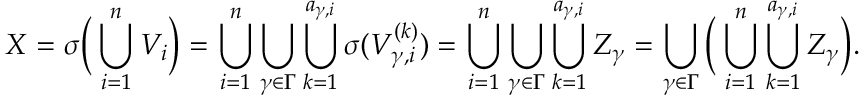
X = \sigma \Big ( \bigcup _ { i = 1 } ^ { n } V _ { i } \Big ) = \bigcup _ { i = 1 } ^ { n } \bigcup _ { \gamma \in \Gamma } \bigcup _ { k = 1 } ^ { a _ { \gamma , i } } \sigma ( V _ { \gamma , i } ^ { ( k ) } ) = \bigcup _ { i = 1 } ^ { n } \bigcup _ { \gamma \in \Gamma } \bigcup _ { k = 1 } ^ { a _ { \gamma , i } } Z _ { \gamma } = \bigcup _ { \gamma \in \Gamma } \Big ( \bigcup _ { i = 1 } ^ { n } \bigcup _ { k = 1 } ^ { a _ { \gamma , i } } Z _ { \gamma } \Big ) .